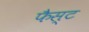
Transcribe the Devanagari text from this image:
फैस्ट